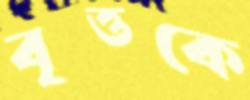
বৃত্তকে